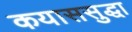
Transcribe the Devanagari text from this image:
कयाससुद्धा